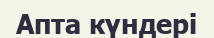
Апта күндері